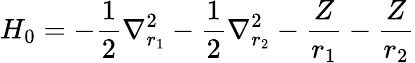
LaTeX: H_{0}=-{\frac{1}{2}}\nabla_{r_{1}}^{2}-{\frac{1}{2}}\nabla_{r_{2}}^{2}-{\frac{Z}{r_{1}}}-{\frac{Z}{r_{2}}}